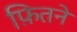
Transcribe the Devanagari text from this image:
फ़ितने